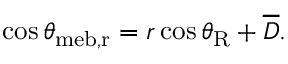
\cos \theta _ { \mathrm { { m e b , r } } } = r \cos \theta _ { \mathrm { { R } } } + \overline { { D } } .